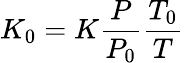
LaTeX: K_{0}=K\frac{P}{P_{0}}\frac{T_{0}}{T}